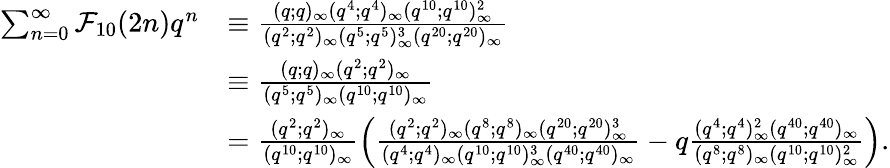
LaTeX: \begin{array}{rl}{\sum_{n=0}^{\infty}\mathcal{F}_{10}(2n)q^{n}}&{\equiv\frac{(q;q)_{\infty}(q^{4};q^{4})_{\infty}(q^{10};q^{10})_{\infty}^{2}}{(q^{2};q^{2})_{\infty}(q^{5};q^{5})_{\infty}^{3}(q^{20};q^{20})_{\infty}}}\\ &{\equiv\frac{(q;q)_{\infty}(q^{2};q^{2})_{\infty}}{(q^{5};q^{5})_{\infty}(q^{10};q^{10})_{\infty}}}\\ &{=\frac{(q^{2};q^{2})_{\infty}}{(q^{10};q^{10})_{\infty}}\left(\frac{(q^{2};q^{2})_{\infty}(q^{8};q^{8})_{\infty}(q^{20};q^{20})_{\infty}^{3}}{(q^{4};q^{4})_{\infty}(q^{10};q^{10})_{\infty}^{3}(q^{40};q^{40})_{\infty}}-q\frac{(q^{4};q^{4})_{\infty}^{2}(q^{40};q^{40})_{\infty}}{(q^{8};q^{8})_{\infty}(q^{10};q^{10})_{\infty}^{2}}\right).}\end{array}